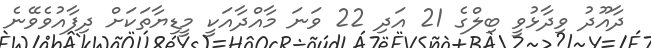
ދާއޫދު ވިދާޅުވީ ބިލްގެ 21 އަދި 22 ވަނަ މާއްދާއަކީ މީޑިޔާތަކަށް ދިފާއުވެވޭނެ